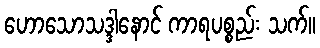
ဟောသောသဒ္ဒါနောင် ကာရပစ္စည်း သက်။